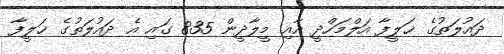
ދައުލަތުގެ ޚަލީފާ އަލްމަހްދީ އާއި މީލާދީން 835 ގައި އެ ދައުލަތުގެ ޚަލީފާ